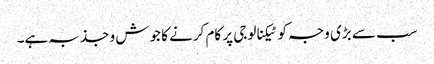
سب سے بڑی وجہ کو ٹیکنالوجی پر کام کرنے کا جوش و جذبہ ہے۔